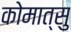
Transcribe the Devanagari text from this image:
कोमात्सु